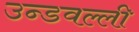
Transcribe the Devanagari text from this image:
उन्डवल्ली